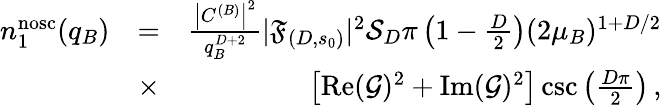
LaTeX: \begin{array}{rlr}{n_{1}^{\mathrm{nosc}}(q_{B})}&{=}&{\frac{\left|C^{(B)}\right|^{2}}{q_{B}^{D+2}}|\mathfrak{F}_{(D,s_{0})}|^{2}\mathcal{S}_{D}\pi\left(1-\frac D2\right)(2\mu_{B})^{1+D/2}}\\ &{\times}&{\left[\operatorname{Re}(\mathcal{G})^{2}+\operatorname{Im}(\mathcal{G})^{2}\right]\csc\left(\frac{D\pi}{2}\right)\, ,}\end{array}